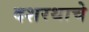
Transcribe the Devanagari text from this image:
दशरथाचे